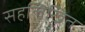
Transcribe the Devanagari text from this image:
सहलिखित